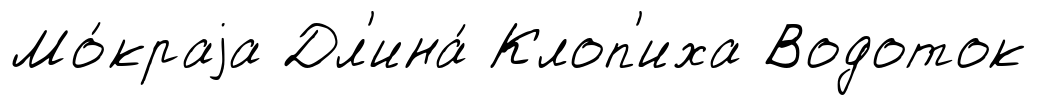
Мо́краjа Дл'ина́ Клоп'иха Водоток